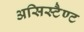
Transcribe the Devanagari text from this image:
असिस्टैण्ट